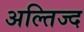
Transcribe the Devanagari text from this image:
अल्तिज्द